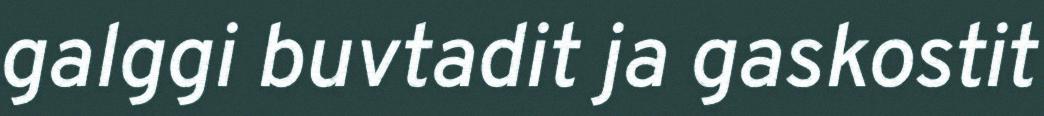
galggi buvtadit ja gaskostit